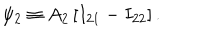
\psi _ { 2 } \equiv A _ { 2 } \left[ I _ { 2 1 } - I _ { 2 2 } \right] .